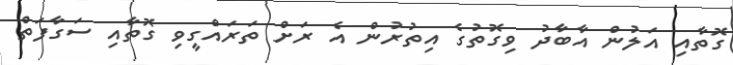
ގޮތާއި އަލުން އާބާދު ވިގޮތުގެ އިތުރުން އެ ރަށް ތަރައްގީވި ގޮތާއި ސަގާފަތް